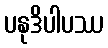
ပနုဒိပါပဿ